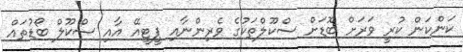
ކަންކަން ކުރީ ވަރަށް ބޮޑަށް ސްކޫލްތަކުގެ ވެރިންނާއި ޕީޓީއޭ އާއި ސްކޫލް ބޯޑުތައް